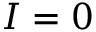
I = 0